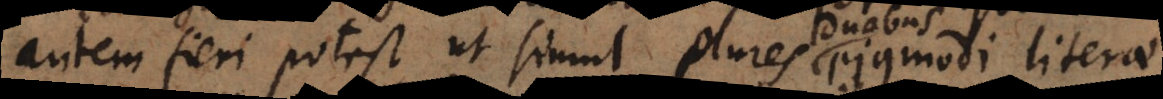
autem fieri potest ut simul plures ejusmodi literae